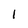
Character: 1